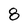
Character: 8